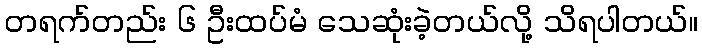
တရက်တည်း ၆ ဦးထပ်မံ သေဆုံးခဲ့တယ်လို့ သိရပါတယ်။